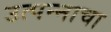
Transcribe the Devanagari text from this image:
उत्पन्‍नाचा